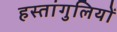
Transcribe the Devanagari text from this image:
हस्तांगुलियों